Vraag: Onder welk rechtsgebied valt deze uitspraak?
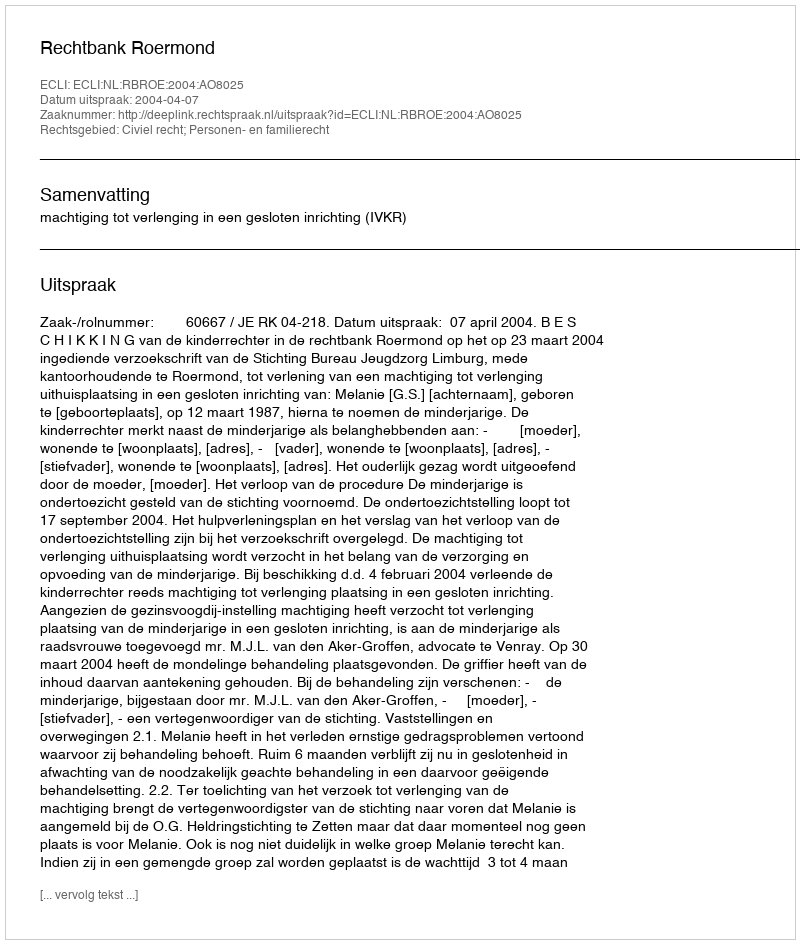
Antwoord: Civiel recht; Personen- en familierecht